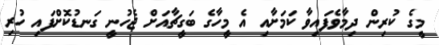
މީގެ ކުރިން ދިމާވެފައިވާ ކަމަށާއި އެ މީހާގެ ބަގީޗާއަށް ޖެހުނީ ގަނޑުކޮށްފައި ހުރި